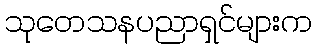
သုတေသနပညာရှင်များက